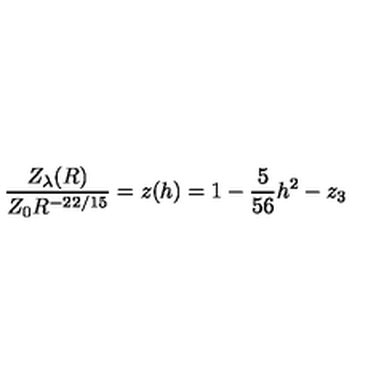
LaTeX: \frac { Z _ { \lambda } ( R ) } { Z _ { 0 } R ^ { - 2 2 / 1 5 } } = z ( h ) = 1 - \frac 5 { 5 6 } h ^ { 2 } - z _ { 3 }